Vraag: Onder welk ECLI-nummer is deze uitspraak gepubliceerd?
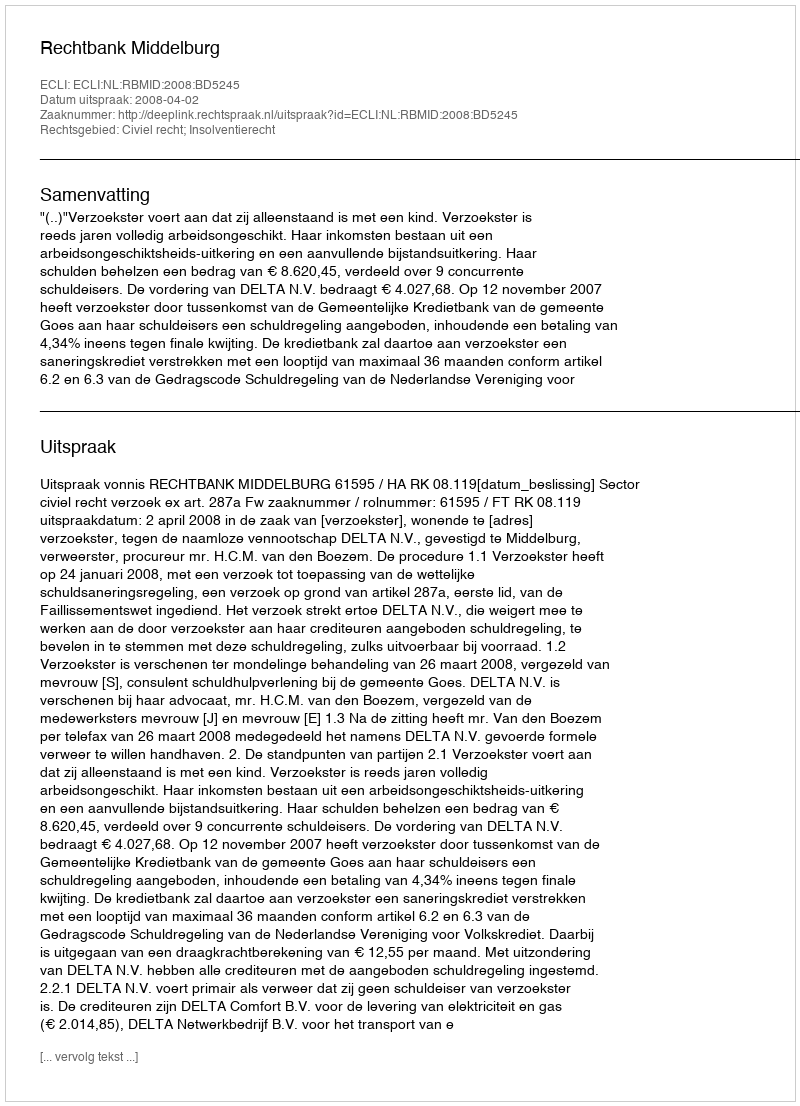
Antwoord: ECLI:NL:RBMID:2008:BD5245